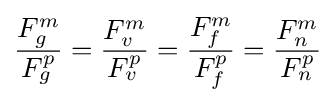
{\frac {F_{g}^{m}}{F_{g}^{p}}}={\frac {F_{v}^{m}}{F_{v}^{p}}}={\frac {F_{f}^{m}}{F_{f}^{p}}}={\frac {F_{n}^{m}}{F_{n}^{p}}}